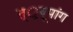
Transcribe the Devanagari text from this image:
त््रयूपांग